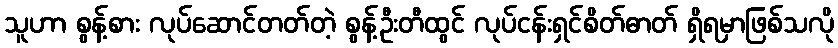
သူဟာ စွန့်စား လုပ်ဆောင်တတ်တဲ့ စွန့်ဦးတီထွင် လုပ်ငန်းရှင်စိတ်ဓာတ် ရှိရမှာဖြစ်သလို